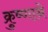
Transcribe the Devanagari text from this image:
क्रुष्णाने